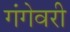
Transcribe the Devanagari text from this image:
गंगेवरी